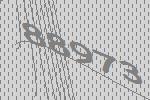
88973